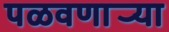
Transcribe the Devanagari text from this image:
पळवणार्‍या